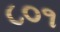
૮૦૧